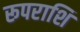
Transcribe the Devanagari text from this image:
रूपराशि